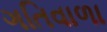
ગતિવાળા